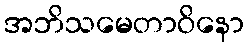
အဘိသမေတာဝိနော